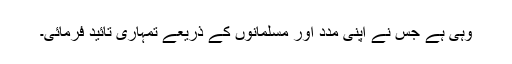
وہی ہے جس نے اپنی مدد اور مسلمانوں کے ذریعے تمہاری تائید فرمائی۔